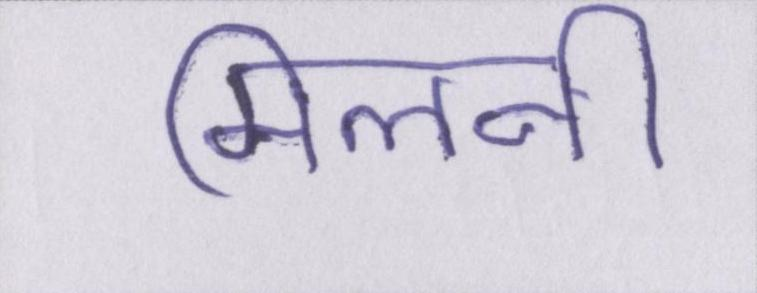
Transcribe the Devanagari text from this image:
मिलनी